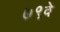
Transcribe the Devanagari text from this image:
७९वे